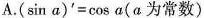
A.(\sin a)^{\prime}=cos α(α为常数)